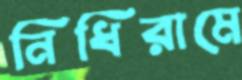
নিধিরামে